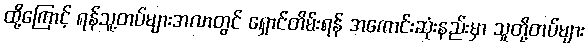
ထို့ကြောင့် ရန်သူ့တပ်များအလာတွင် ရှောင်တိမ်းရန် အကောင်းဆုံးနည်းမှာ သူတို့တပ်များ